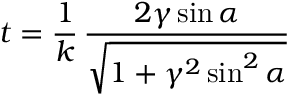
t = { \frac { 1 } { k } } \, \frac { 2 \gamma \sin \alpha } { \sqrt { 1 + \gamma ^ { 2 } \sin ^ { 2 } \alpha } }